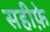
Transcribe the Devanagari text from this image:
सहीफे़